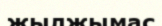
жылжымас